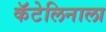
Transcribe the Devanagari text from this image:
कॅटेलिनाला